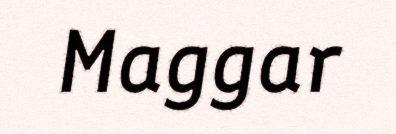
Maggar